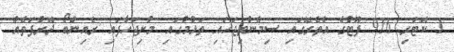
1 ކޮޓަރި 916 ފޫޓުގެ އެތެރޭގައި ސިމެންތިޖަހައި ތަޅުމުގައި މުށިޖަހާފައި ރެއިންބޯ ދޮރުފަތެއް